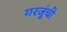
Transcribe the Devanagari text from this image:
गरजूंची